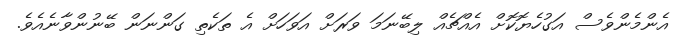
އެންމެންވެސް އަގުހެޔޮކޮށް އެއްޗެއް ލިބޭނަމަ ވަރަށް އަވަހަށް އެ ތަކެތި ގަންނަން ބޭނުންވާނެއެވެ.